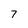
Character: 7